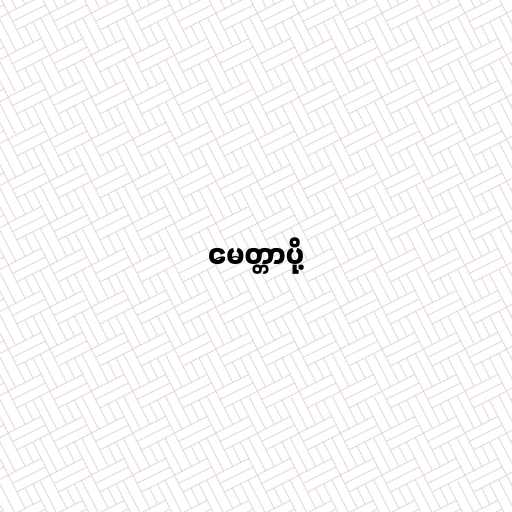
မေတ္တာပို့